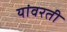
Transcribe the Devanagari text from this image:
यांवरती